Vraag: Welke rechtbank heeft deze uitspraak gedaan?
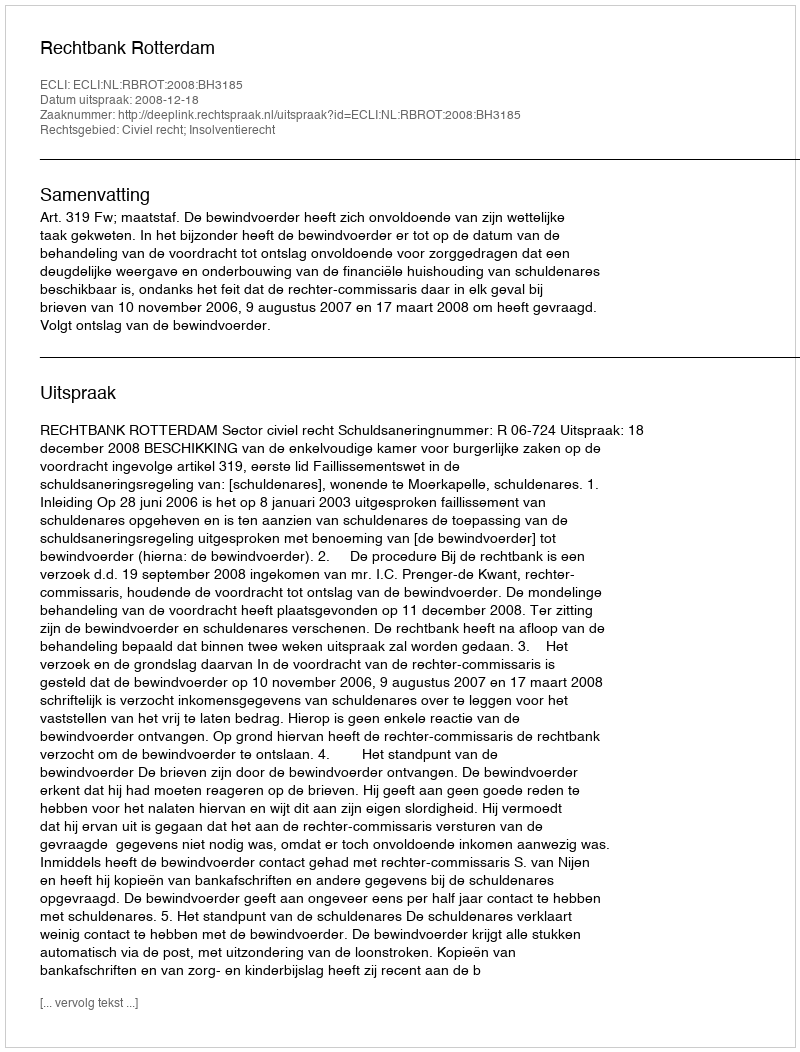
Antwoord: Rechtbank Rotterdam